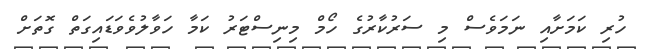
ހުރި ކަމަށާއި ނަމަވެސް މި ސަރުކާރުގެ ހޯމް މިނިސްޓަރު ކަމާ ހަވާލުވެވަޑައިގަތް ގޮތަށް